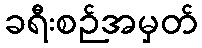
ခရီးစဉ်အမှတ်